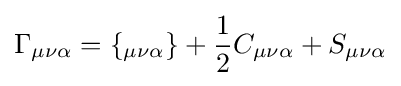
\Gamma _{\mu \nu \alpha }=\{_{\mu \nu \alpha }\}+{\frac {1}{2}}C_{\mu \nu \alpha }+S_{\mu \nu \alpha }